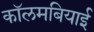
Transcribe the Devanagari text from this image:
कॉलमबियाई